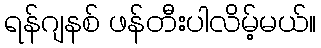
ရန်ဂျနစ် ဖန်တီးပါလိမ့်မယ်။